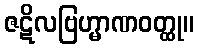
ဇဋိလဗြဟ္မာဏဝတ္ထု။